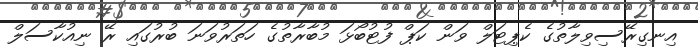
އިނގިރޭސިވިލާތުގެ ކެޕިޓަލް ވަން ކަޕް ފުޓުބޯޅަ މުބާރާތުގެ ހަތަރުވަނަ ބުރުގައި ރޭ ނިއުކާސަލް